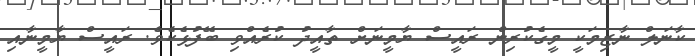
ކާނަލް ނާޒިމަކީ މީގެކުރިން ރައީސް ޔާމީނަށް ތާއީދު ކުރެއްވި ބޭފުޅެކެވެ. ރައީސް ޔާމީނާއި